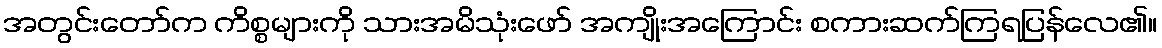
အတွင်းတော်က ကိစ္စများကို သားအမိသုံးဖော် အကျိုးအကြောင်း စကားဆက်ကြရပြန်လေ၏။